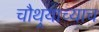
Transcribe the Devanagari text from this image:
चौथर्‍याच्याच